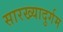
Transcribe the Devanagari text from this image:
सारख्यादुर्गम